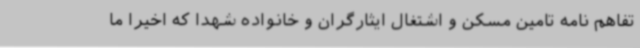
تفاهم نامه تامین مسکن و اشتغال ایثارگران و خانواده شهدا که اخیرا ما